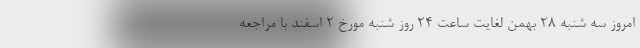
امروز سه شنبه 28 بهمن لغایت ساعت 24 روز شنبه مورخ 2 اسفند با مراجعه